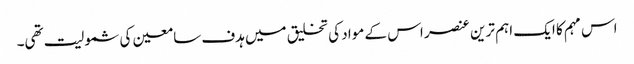
اس مہم کا ایک اہم ترین عنصر اس کے مواد کی تخلیق میں ہدف سامعین کی شمولیت تھی۔